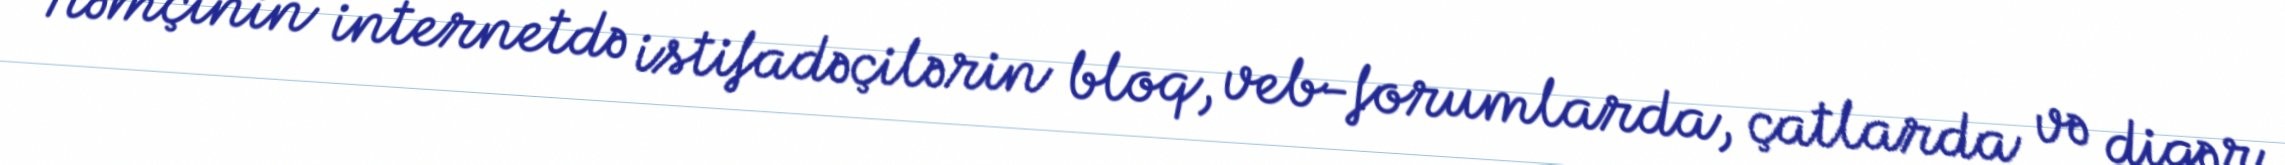
Həmçinin internetdə istifadəçilərin bloq, veb-forumlarda, çatlarda və digər